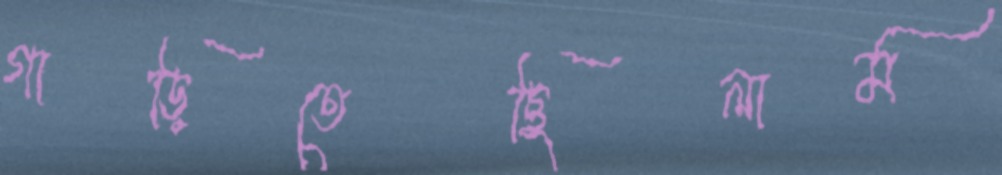
গাড়িতেছিলাম